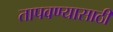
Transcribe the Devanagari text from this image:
तापवण्यासाठी